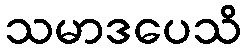
သမာဒပေသိ